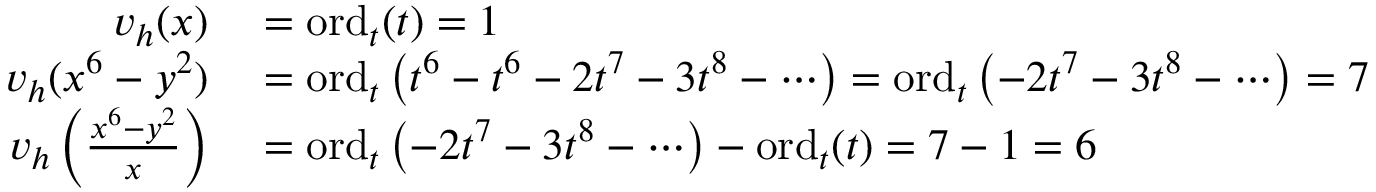
\begin{array} { r l } { v _ { h } ( x ) } & { { } = \mathrm { o r d } _ { t } ( t ) = 1 } \\ { v _ { h } ( x ^ { 6 } - y ^ { 2 } ) } & { { } = \mathrm { o r d } _ { t } \left( t ^ { 6 } - t ^ { 6 } - 2 t ^ { 7 } - 3 t ^ { 8 } - \cdots \right) = \mathrm { o r d } _ { t } \left( - 2 t ^ { 7 } - 3 t ^ { 8 } - \cdots \right) = 7 } \\ { v _ { h } \left( { \frac { x ^ { 6 } - y ^ { 2 } } { x } } \right) } & { { } = \mathrm { o r d } _ { t } \left( - 2 t ^ { 7 } - 3 t ^ { 8 } - \cdots \right) - \mathrm { o r d } _ { t } ( t ) = 7 - 1 = 6 } \end{array}